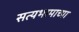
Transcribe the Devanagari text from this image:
सत्यभामाच्या